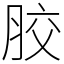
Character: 胶